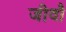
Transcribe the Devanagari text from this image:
जीवौ